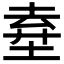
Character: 𡍊